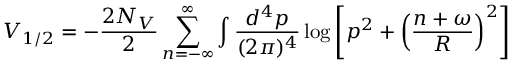
V _ { 1 / 2 } = - \frac { 2 N _ { V } } { 2 } \sum _ { n = - \infty } ^ { \infty } \int \frac { d ^ { 4 } p } { ( 2 \pi ) ^ { 4 } } \log \left[ p ^ { 2 } + \left( \frac { n + \omega } { R } \right) ^ { 2 } \right]